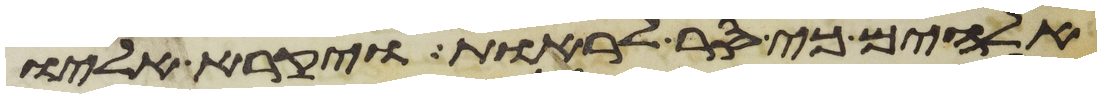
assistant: אלהים כי סר לראות ויקרא אליו